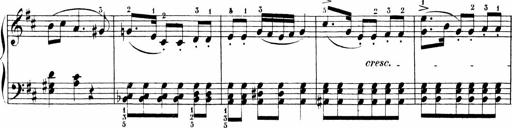
Title: 6 Sonatinas
Composer: Carl Reinecke